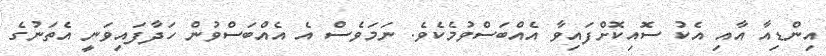
އިންޑިއާ އާއި އެކު ސޮއިކޮށްފައިވާ އެއްބަސްވުމެކެވެ. ނަމަވެސް އެ އެއްބަސްވުން ހަދާފައިވަނީ އެތަނުގެ